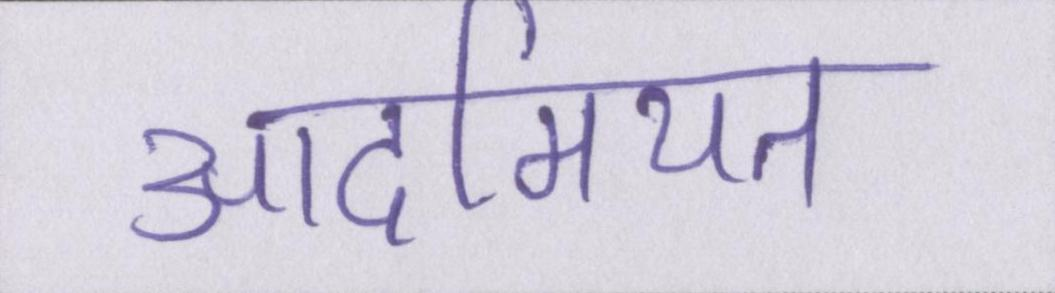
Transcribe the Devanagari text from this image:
आदमियत